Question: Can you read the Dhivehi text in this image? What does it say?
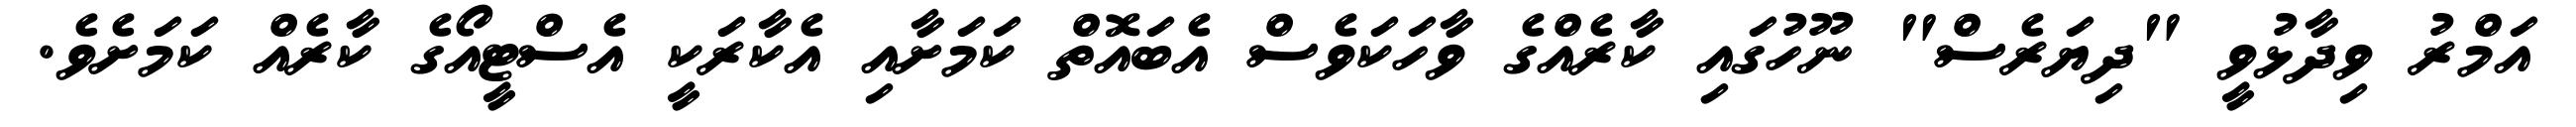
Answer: އަމްރު ވިދާޅުވީ "ދިޔަރެސް" ނޫހުގައި ކާރެއްގެ ވާހަކަވެސް އެބައޮތް ކަމަށާއި އެކާރަކީ އެސްޓީއޯގެ ކާރެއް ކަމަށެވެ.